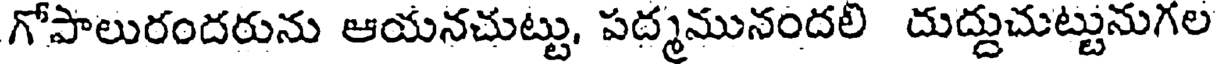
గోపాలురందరును ఆయనచుట్టు, పద్మమునందలి దుద్దుచుట్టునుగల